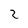
Character: 2